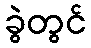
ခွဲတွင်